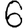
Digit: 6